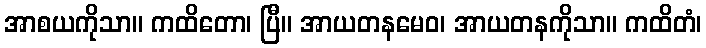
အာစယကိုသာ။ ကထိတော၊ ပြီ။ အာယတနမေဝ၊ အာယတနကိုသာ။ ကထိတံ၊